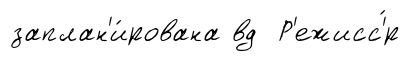
заплан'и́рована вд Р'ежисс'́р